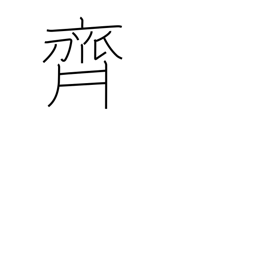
Meaning: Saito